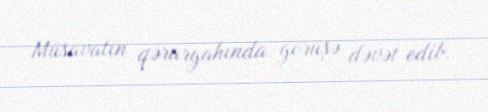
Müsavatın qərargahında görüşə dəvət edib.